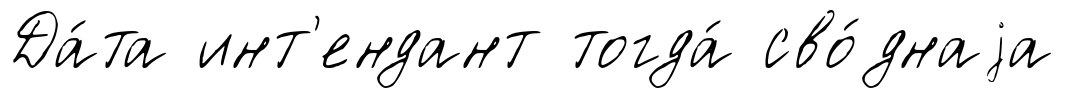
Да́та инт'ендант тогда́ сво́днаjа